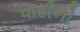
વાડીનો